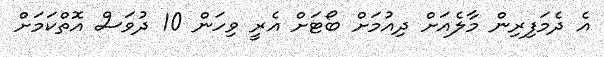
އެ ދެމަފިރިން މާލެއަށް ދިއުމަށް ބޯޓަށް އެރީ ވިހަން 10 ދުވަސް އޮތްކަމަށް